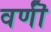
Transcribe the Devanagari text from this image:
वर्णॊं